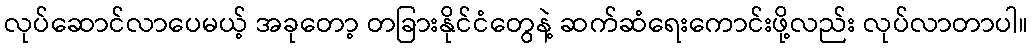
လုပ်ဆောင်လာပေမယ့် အခုတော့ တခြားနိုင်ငံတွေနဲ့ ဆက်ဆံရေးကောင်းဖို့လည်း လုပ်လာတာပါ။